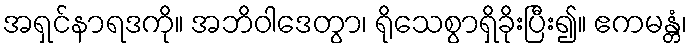
အရှင်နာရဒကို။ အဘိဝါဒေတွာ၊ ရိုသေစွာရှိခိုးပြီး၍။ ဧကမန္တံ၊